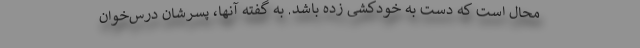
محال است که دست به خودکشی زده باشد. به گفته آنها، پسرشان درس‌خوان